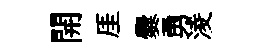
開厓爨勇淩